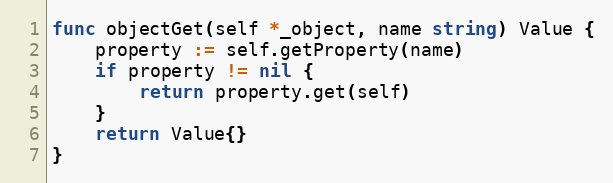
Language: Go
func objectGet(self *_object, name string) Value {
	property := self.getProperty(name)
	if property != nil {
		return property.get(self)
	}
	return Value{}
}